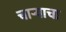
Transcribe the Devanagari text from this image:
चार्‍याचा